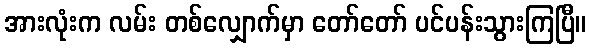
အားလုံးက လမ်း တစ်လျှောက်မှာ တော်တော် ပင်ပန်းသွားကြပြီ။